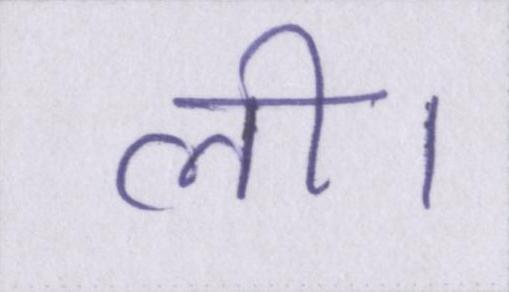
ली।